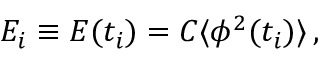
E _ { i } \equiv E ( t _ { i } ) = C \langle \phi ^ { 2 } ( t _ { i } ) \rangle \, ,